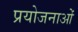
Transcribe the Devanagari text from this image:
प्रयोजनाओं